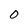
Character: O